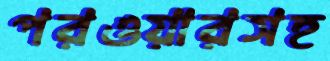
পরওয়ারসহ